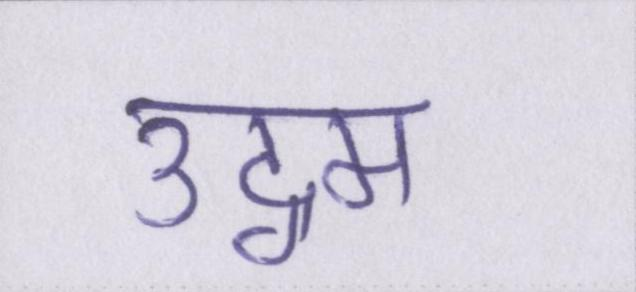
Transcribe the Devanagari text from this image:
उद्गम